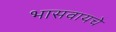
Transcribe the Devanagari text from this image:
भासवायचे